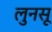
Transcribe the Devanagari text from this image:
लुनसू